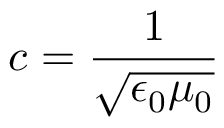
c = { \frac { 1 } { \sqrt { \epsilon _ { 0 } \mu _ { 0 } } } }